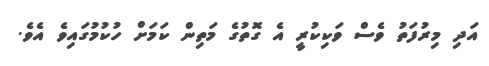
އަދި މިރުފަތު ވެސް ވަކިކުރީ އެ ގޮތުގެ މަތިން ކަމަށް ހުކުމުގައިވެ އެވެ.